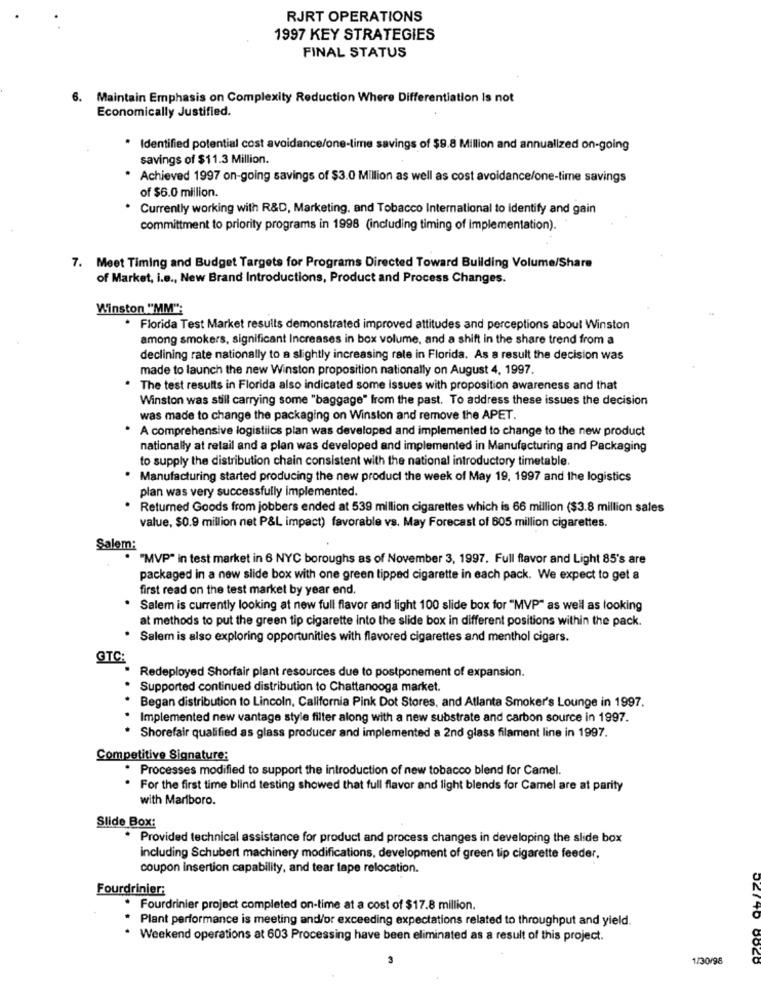
RJRT OPERATIONS
1997 KEY STRATEGIES
FINAL STATUS
Maintain Emphasis on Complexity Reduction Where Differentiation Is not
Economically Justified.
* Identified potential cost avoidance/one-time savings of $9.8 Million and annualized on-going
savings of $11.3 Million.
Achieved 1997 on-going savings of $3.0 Million as well as cost avoidance/one-time savings
of $6.0 million.
Currently working with R&D, Marketing, and Tobacco International to identify and gain
committment to priority programs in 1998 (including timing of implementation).
7. Meet Timing and Budget Targets for Programs Directed Toward Building Volume/Share
of Market, i.e ., New Brand Introductions, Product and Process Changes.
Winston "MM":
* Florida Test Market results demonstrated improved attitudes and perceptions about Winston
among smokers, significant Increases in box volume, and a shift in the share trend from a
declining rate nationally to a slightly increasing rate in Florida. As a result the decision was
made to launch the new Winston proposition nationally on August 4, 1997.
The test results in Florida also indicated some Issues with proposition awareness and that
Winston was still carrying some "baggage" from the past. To address these issues the decision
was made to change the packaging on Winston and remove the APET.
A comprehensive logistiics plan was developed and implemented to change to the new product
nationally at retail and a plan was developed and implemented in Manufacturing and Packaging
to supply the distribution chain consistent with the national introductory timetable.
Manufacturing started producing the new product the week of May 19, 1997 and the logistics
plan was very successfully implemented.
Returned Goods from jobbers ended at 539 million cigarettes which is 66 million ($3.8 million sales
value, $0.9 million net P&L impact) favorable vs. May Forecast of 605 million cigarettes.
Salem:
"MVP" in test market in 6 NYC boroughs as of November 3, 1997. Full flavor and Light 85's are
packaged in a new slide box with one green tipped cigarette in each pack. We expect to get a
first read on the test market by year end.
Salem is currently looking at new full flavor and fight 100 slide box for "MVP" as well as looking
at methods to put the green tip cigarette into the slide box in different positions within the pack.
Salem is also exploring opportunities with flavored cigarettes and menthol cigars.
GTC:
Redeployed Shorfair plant resources due to postponement of expansion.
Supported continued distribution to Chattanooga market.
Began distribution to Lincoln, California Pink Dot Stores, and Atlanta Smoker's Lounge in 1997.
Implemented new vantage style filter along with a new substrate and carbon source in 1997.
· Shorefair qualified as glass producer and implemented a 2nd glass filament line in 1997.
Competitive Signature:
* Processes modified to support the introduction of new tobacco blend for Camel.
. For the first time blind testing showed that full flavor and light blends for Camel are at parity
with Marlboro.
Slide Box:
. Provided technical assistance for product and process changes in developing the slide box
including Schubert machinery modifications, development of green tip cigarette feeder.
coupon insertion capability, and tear lape relocation.
Fourdrinier;
. Fourdrinier project completed on-time at a cost of $17.8 million.
Plant performance is meeting and/or exceeding expectations related to throughput and yield.
* Weekend operations at 603 Processing have been eliminated as a result of this project.
1/30/98